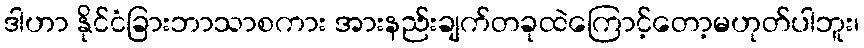
ဒါဟာ နိုင်ငံခြားဘာသာစကား အားနည်းချက်တခုထဲကြောင့်တော့မဟုတ်ပါဘူး၊